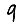
Digit: 9